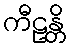
ကီဠန္တိ